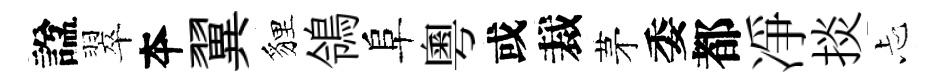
諡翠夲翼貍鴒阜粵或裁茅委都凈掞忐